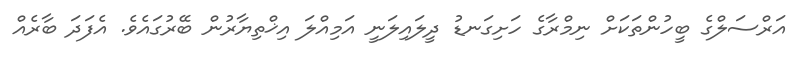
އަރްސަލްގެ ބީހުންތަކަށް ނިމްރާގެ ހަށިގަނޑު ދީލައިލަނީ އަމިއްލަ އިޚްތިޔާރުން ބޭރުގައެވެ. އެފަދަ ބާރެއް